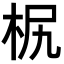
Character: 𣐊